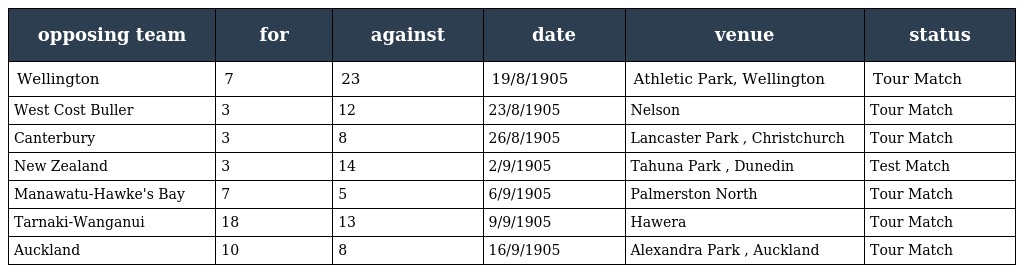
| opposing team | for | against | date | venue | status |
 | --- | --- | --- | --- | --- | --- |
 | Wellington | 7 | 23 | 19/8/1905 | Athletic Park, Wellington | Tour Match |
 | West Cost Buller | 3 | 12 | 23/8/1905 | Nelson | Tour Match |
 | Canterbury | 3 | 8 | 26/8/1905 | Lancaster Park , Christchurch | Tour Match |
 | New Zealand | 3 | 14 | 2/9/1905 | Tahuna Park , Dunedin | Test Match |
 | Manawatu-Hawke's Bay | 7 | 5 | 6/9/1905 | Palmerston North | Tour Match |
 | Tarnaki-Wanganui | 18 | 13 | 9/9/1905 | Hawera | Tour Match |
 | Auckland | 10 | 8 | 16/9/1905 | Alexandra Park , Auckland | Tour Match |